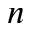
n